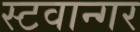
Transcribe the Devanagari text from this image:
स्टवान्गर